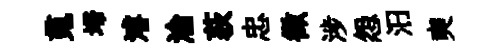
䰟埽濬淪荻忠徵涉怨汨奭